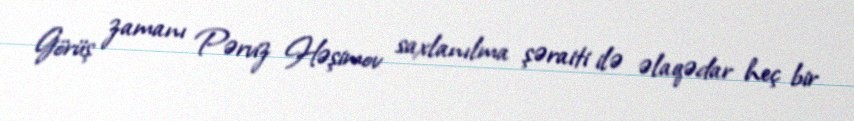
Görüş zamanı Pərviz Həşimov saxlanılma şəraiti ilə əlaqədar heç bir